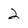
Character: 2